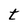
Character: t